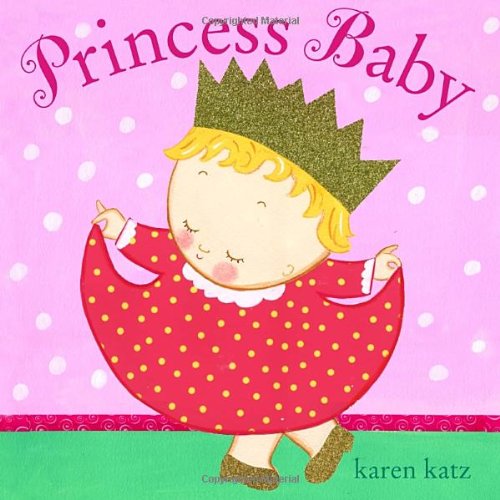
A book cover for Princess Baby; Karen Katz; Children's Books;